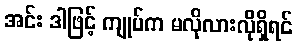
အင်း ဒါဖြင့် ကျုပ်က မလိုလားလိုရှိရင်